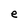
Character: e